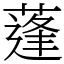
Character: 蓬